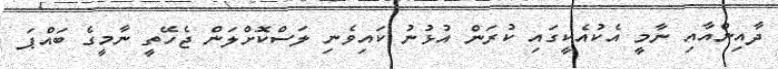
ދާއިންއާއި ނާމީ އެކުއެކީގައި ކުރަން އުޅުނު ކައިވެނި ލަސްކޮށްލަން ޖެހޭތީ ނާމީގެ ބައްޕަ